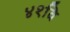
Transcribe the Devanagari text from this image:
४१वि